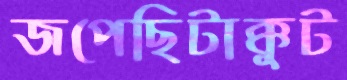
জপেছিটাক্কুট